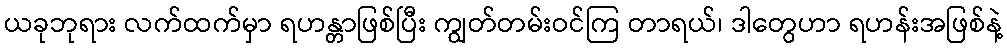
ယခုဘုရား လက်ထက်မှာ ရဟန္တာဖြစ်ပြီး ကျွတ်တမ်းဝင်ကြ တာရယ်၊ ဒါတွေဟာ ရဟန်းအဖြစ်နဲ့